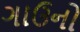
ગાઉનો